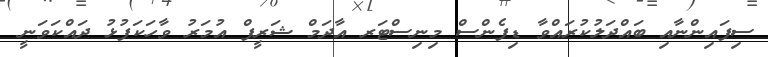
ސިފައިންނާއި ބައްދަލުކުރައްވާ ޑިފެންސް މިނިސްޓަރ އާދަމް ޝަރީފް އުމަރު ވާހަކަފުޅު ދައްކަވަނީ